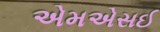
એમએસઈ